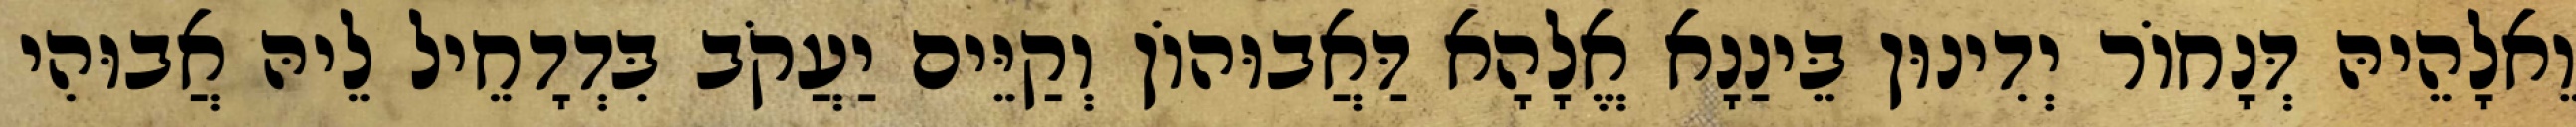
וֵאלָהֵיהּ דְּנָחוֹר יְדִינוּן בֵּינַנָא אֱלָהָא דַּאֲבוּהוֹן וְקַיֵּים יַעֲקֹב בִּדְדָחֵיל לֵיהּ אֲבוּהִי